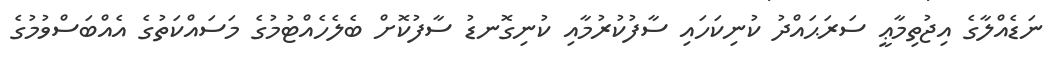
ނަޑެއްލާގެ އިޖުތިމާޢީ ސަރަޙައްދު ކުނިކަހައި ސާފުކުރުމާއި ކުނިގޮނޑު ސާފުކޮށް ބެލެހެއްޓުމުގެ މަސައްކަތުގެ އެއްބަސްވުމުގެ